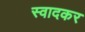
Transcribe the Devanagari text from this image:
स्वादकर